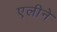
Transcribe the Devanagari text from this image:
एलीने